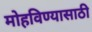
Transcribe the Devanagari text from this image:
मोहविण्यासाठी